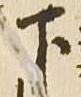
下